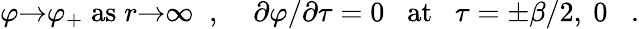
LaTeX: \varphi{\rightarrow}{\varphi}_{+}\; \mathrm{as}\; r{\rightarrow}{\infty}\; \; ,\; \; \; \; {\partial}\varphi/{\partial}\tau=0\; \; \mathrm{~at~}\; \; \tau={\pm}\beta/2\mathrm{,~}0\; \; \; .